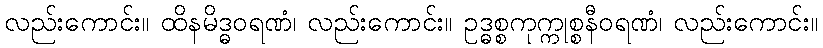
လည်းကောင်း။ ထိနမိဒ္ဓဝရဏံ၊ လည်းကောင်း။ ဥဒ္ဓစ္စကုက္ကုစ္စနီဝရဏံ၊ လည်းကောင်း။